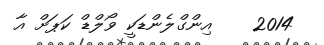
2014    އިންގްލެންޑަކީ ވޯލްޑް ކަޕަށް އާ